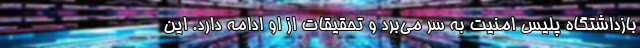
بازداشتگاه پلیس امنیت به سر می‌برد و تحقیقات از او ادامه دارد. این